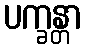
ပက္ခန္တာ